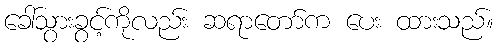
ခေါ်သွားခွင့်ကိုလည်း ဆရာတော်က ပေး ထားသည်။